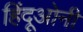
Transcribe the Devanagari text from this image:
हिंदूओनी